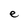
Character: e